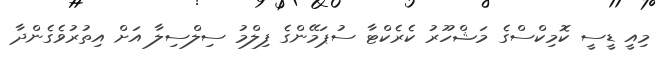
މިއީ ޑީސީ ކޮމިކްސްގެ މަޝްހޫރު ކެރެކްޓާ ސުޕަމޭންގެ ފިލްމު ސިލްސިލާ އަށް އިތުރުވެގެންދާ